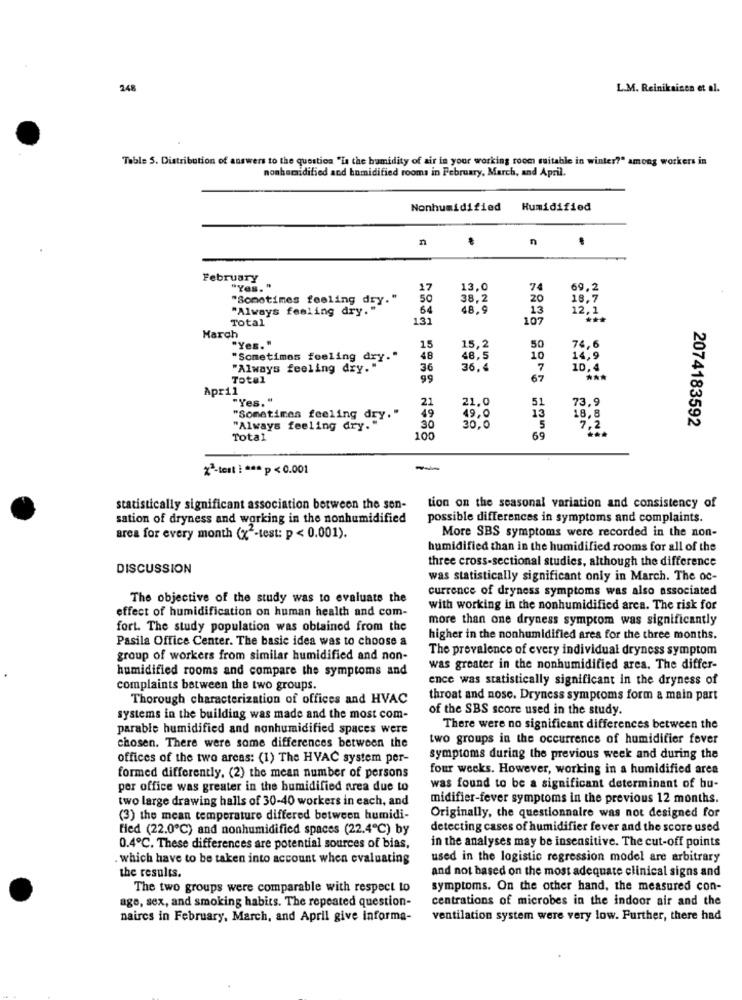
248
L.M. Reinikainen et al.
Table 5. Distribution of answers to the question "La the humidity of air in your working room suitable in winter?" among workers in
nonhumidified and humidified rooms in February, March, and April.
Nonhumidified
Humidified
n
n
.
February .
"Yes."
17
13,0
74
69,2
"Sometimes feeling dry."
50
38,2
20
18,7
"Always feeling dry."
64
48,9
13
12,1
Total
131
107
***
March
"Yes."
15
15,2
50
74,6
"Sometimes feeling dry."
48
48,5
10
14,9
"Always feeling dry."
36
36.4
7
10,4
Total
99
67
April
"Yes. "
21
21.0
51
73,9
49
15
"Sometimes feeling dry."
49,0
30.0
5
18,8
2074183592
"Always feeling dry."
30
7,2
Total
100
69
2ª-test ! *** p < 0.001
statistically significant association between the sen-
tion on the seasonal variation and consistency of
sation of dryness and working in the nonhumidified
possible differences in symptoms and complaints.
More SBS symptoms were recorded in the non-
area for every month (x"-test: p < 0.001).
humidified than in the humidified rooms for all of the
three cross-sectional studies, although the difference
DISCUSSION
was statistically significant only in March. The oc-
currence of dryness symptoms was also associated
The objective of the study was to evaluate the
effect of humidification on human health and com-
with working in the nonhumidified arca. The risk for
more than one dryness symptom was significantly
fort. The study population was obtained from the
Pasila Office Center. The basic idea was to choose a
higher in the nonhumidified ares for the three months.
The prevalence of every individual dryness symptom
group of workers from similar humidified and non-
humidified rooms and compare the symptoms and
was greater in the nonhumidified area. The differ-
ence was statistically significant in the dryness of
complaints between the two groups.
Thorough characterization of offices and HVAC
throat and nose. Dryness symptoms form a main part
of the SBS score used in the study.
systems in the building was made and the most com-
parable humidified and nonhumidified spaces were
There were no significant differences between the
two groups in the occurrence of humidifier fever
chosen. There were some differences between the
offices of the two areas: (1) The HVAC system per-
symptoms during the previous week and during the
four weeks. However, working in a humidified area
formed differently. (2) the mean number of persons
per office was greater in the humidified area due to
was found to be a significant determinant of bu-
two large drawing halls of 30-40 workers in each, and
midifier-fever symptoms in the previous 12 months.
(3) the mean temperature differed between humidi-
Originally, the questionnaire was not designed for
fied (22.0℃) and nonhumidified spaces (22.4℃) by
detecting cases of humidifier fever and the score used
in the analyses may be insensitive. The cut-off points
0.4℃. These differences are potential sources of bias,
which have to be taken into account when evaluating
used in the logistic regression model are arbitrary
the results.
and not based on the most adequate clinical signs and
The two groups were comparable with respect to
symptoms. On the other hand, the measured con-
age, sex, and smoking habits. The repeated question-
centrations of microbes in the indoor air and the
naires in February, March, and April give informa-
ventilation system were very low. Further, there had